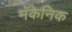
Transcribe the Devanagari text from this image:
मॅकेनिक